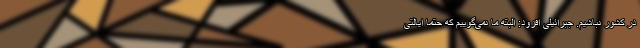
در کشور نباشیم. جبرائیلی افزود: البته ما نمی‌گوییم که حتما ایالتی